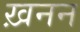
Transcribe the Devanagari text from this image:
ख़नन